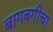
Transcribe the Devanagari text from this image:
बागबगीचा